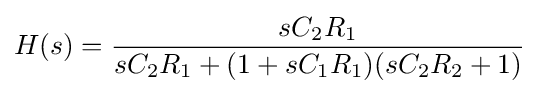
H(s)={\frac {sC_{2}R_{1}}{sC_{2}R_{1}+(1+sC_{1}R_{1})(sC_{2}R_{2}+1)}}